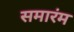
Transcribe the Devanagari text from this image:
समारंम